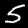
Digit: 5